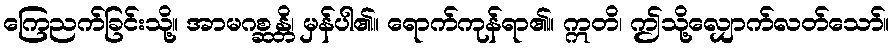
ကြေညက်ခြင်းသို့။ အာမဂစ္ဆန္တိ၊ မှန်ပါ၏။ ရောက်ကုန်ရာ၏။ ဣတိ၊ ဤသို့လျှောက်လတ်သော်။